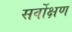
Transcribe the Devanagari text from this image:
सर्वोक्षण